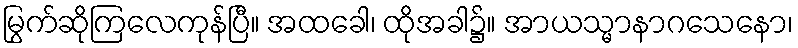
မြွက်ဆိုကြလေကုန်ပြီ။ အထခေါ၊ ထိုအခါ၌။ အာယသ္မာနာဂသေနော၊